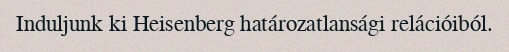
Induljunk ki Heisenberg határozatlansági relációiból.